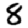
Digit: 8